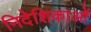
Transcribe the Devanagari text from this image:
निदेशिकाओं